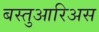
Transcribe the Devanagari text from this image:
बस्तुआरिअस